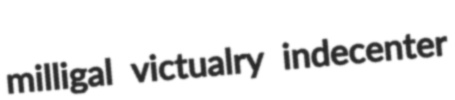
milligal victualry indecenter